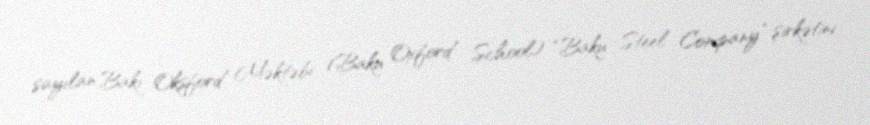
sayılan Bakı Oksford Məktəbi (Baku Oxford School) “Baku Steel Company” şirkətini